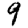
Digit: 9